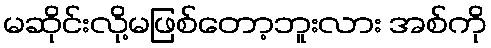
မဆိုင်းလို့မဖြစ်တော့ဘူးလား အစ်ကို